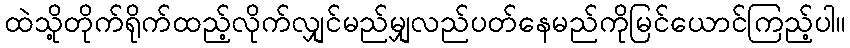
ထဲသို့တိုက်ရိုက်ထည့်လိုက်လျှင်မည်မျှလည်ပတ်နေမည်ကိုမြင်ယောင်ကြည့်ပါ။